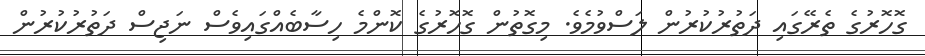
ގޮހޮރުގެ ތެރޭގައި ދަތުރުކުރުން ލަސްވުމެވެ. މިގޮތުން ގޮހޮރުގެ ކޮންމެ ހިސާބެއްގައިވެސް ނަޖިސް ދަތުރުކުރުން